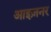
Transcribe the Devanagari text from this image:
आइज़नर